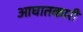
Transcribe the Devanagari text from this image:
आघातकारी